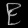
Digit: ၉